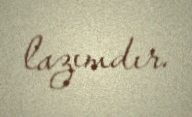
lazımdır.